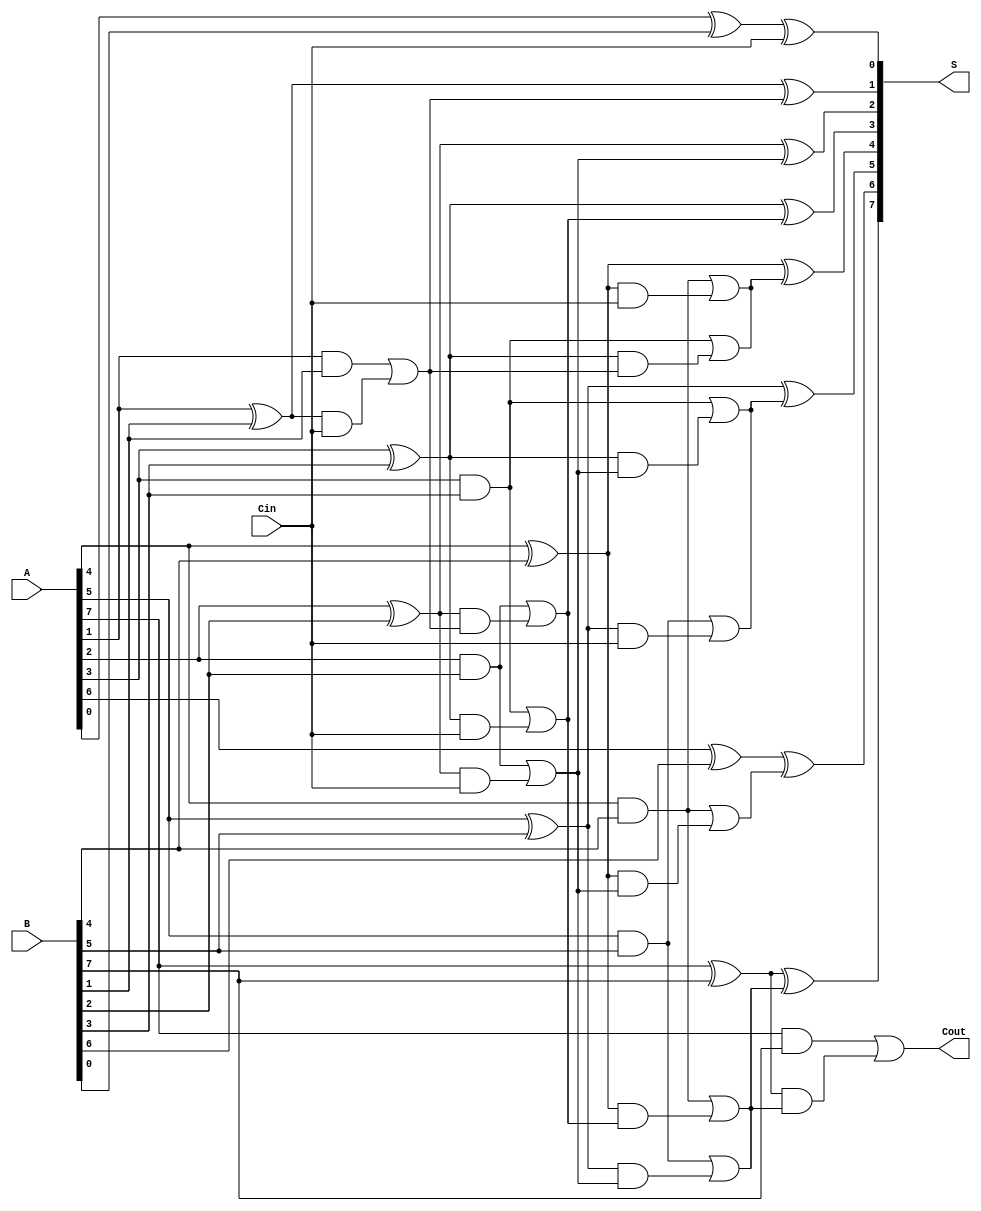
module brent_kung_adder #(parameter N = 8) (
    input  [N-1:0] A,       // First operand
    input  [N-1:0] B,       // Second operand
    input          Cin,      // Carry-in
    output [N-1:0] S,       // Sum output
    output         Cout      // Carry-out
);

    // Generate and Propagate signals
    wire [N-1:0] G; // Generate
    wire [N-1:0] P; // Propagate

    genvar i;
    generate
        for (i = 0; i < N; i = i + 1) begin : gp_gen
            assign G[i] = A[i] & B[i];
            assign P[i] = A[i] ^ B[i];
        end
    endgenerate

    // Carry signals
    wire [N:0] C; // Carry signals (C[0] = Cin)

    assign C[0] = Cin;

    // Brent-Kung Prefix Tree
    genvar j, k;
    generate
        for (k = 0; k < $clog2(N); k = k + 1) begin : prefix
            for (j = 0; j < (N >> (k + 1)); j = j + 1) begin : carry_gen
                assign C[(1 << (k + 1)) * j + (1 << k)] = G[(1 << k) * j + (1 << k)] | (P[(1 << k) * j + (1 << k)] & C[(1 << k) * j]);
                assign C[(1 << (k + 1)) * j + (1 << k) + 1] = G[(1 << k) * j + (1 << k) + 1] | (P[(1 << k) * j + (1 << k) + 1] & C[(1 << k) * j]);
            end
        end
    endgenerate

    // Sum Calculation
    generate
        for (i = 0; i < N; i = i + 1) begin : sum_gen
            assign S[i] = P[i] ^ C[i];
        end
    endgenerate

    // Final Carry-Out
    assign Cout = G[N-1] | (P[N-1] & C[N-1]);

endmodule